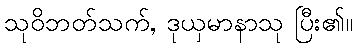
သုဝိဘတ်သက်, ဒုယှမာနာသု ပြီး၏။